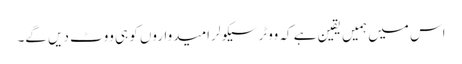
اس میں ہمیں یقین ہے کہ ووٹر سیکولر امیدواروں کو ہی ووٹ دیں گے۔